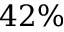
4 2 \%